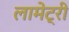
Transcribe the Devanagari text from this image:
लामेट्री